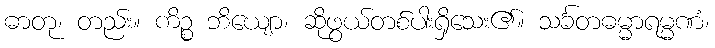
ဓာတု၊ တည်း။ ကိဉ္စ ဘိယျော၊ ဆိုဖွယ်တစ်ပါးရှိသေး၏။ သင်္ခတဓမ္မာရမ္မဏံ၊